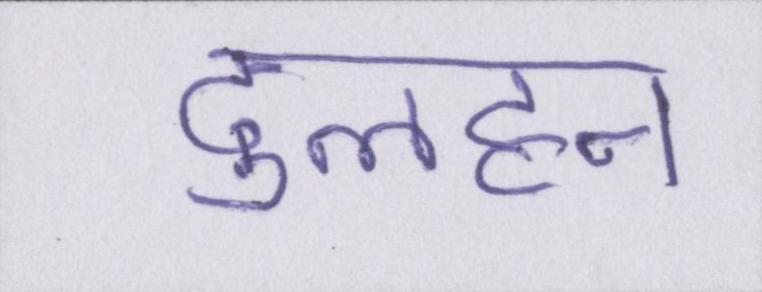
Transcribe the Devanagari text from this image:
दुलहन